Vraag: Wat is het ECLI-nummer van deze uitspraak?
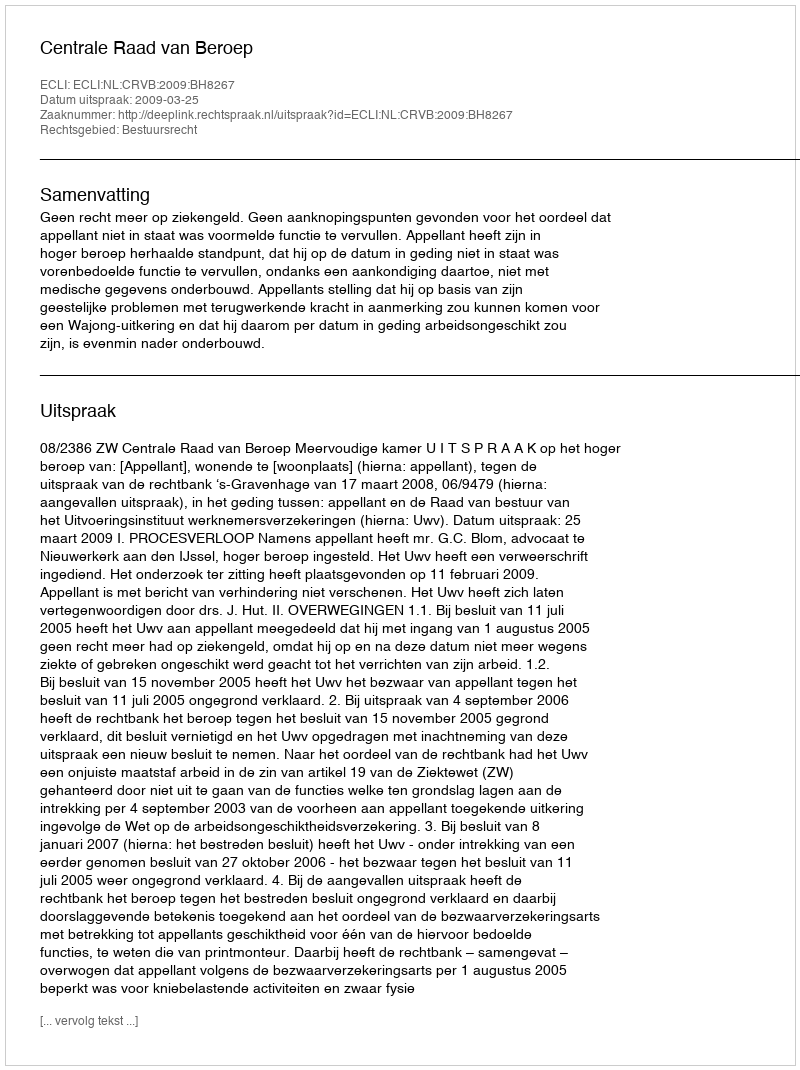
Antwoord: ECLI:NL:CRVB:2009:BH8267